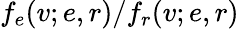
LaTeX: f_{e}(v;e,r)/f_{r}(v;e,r)